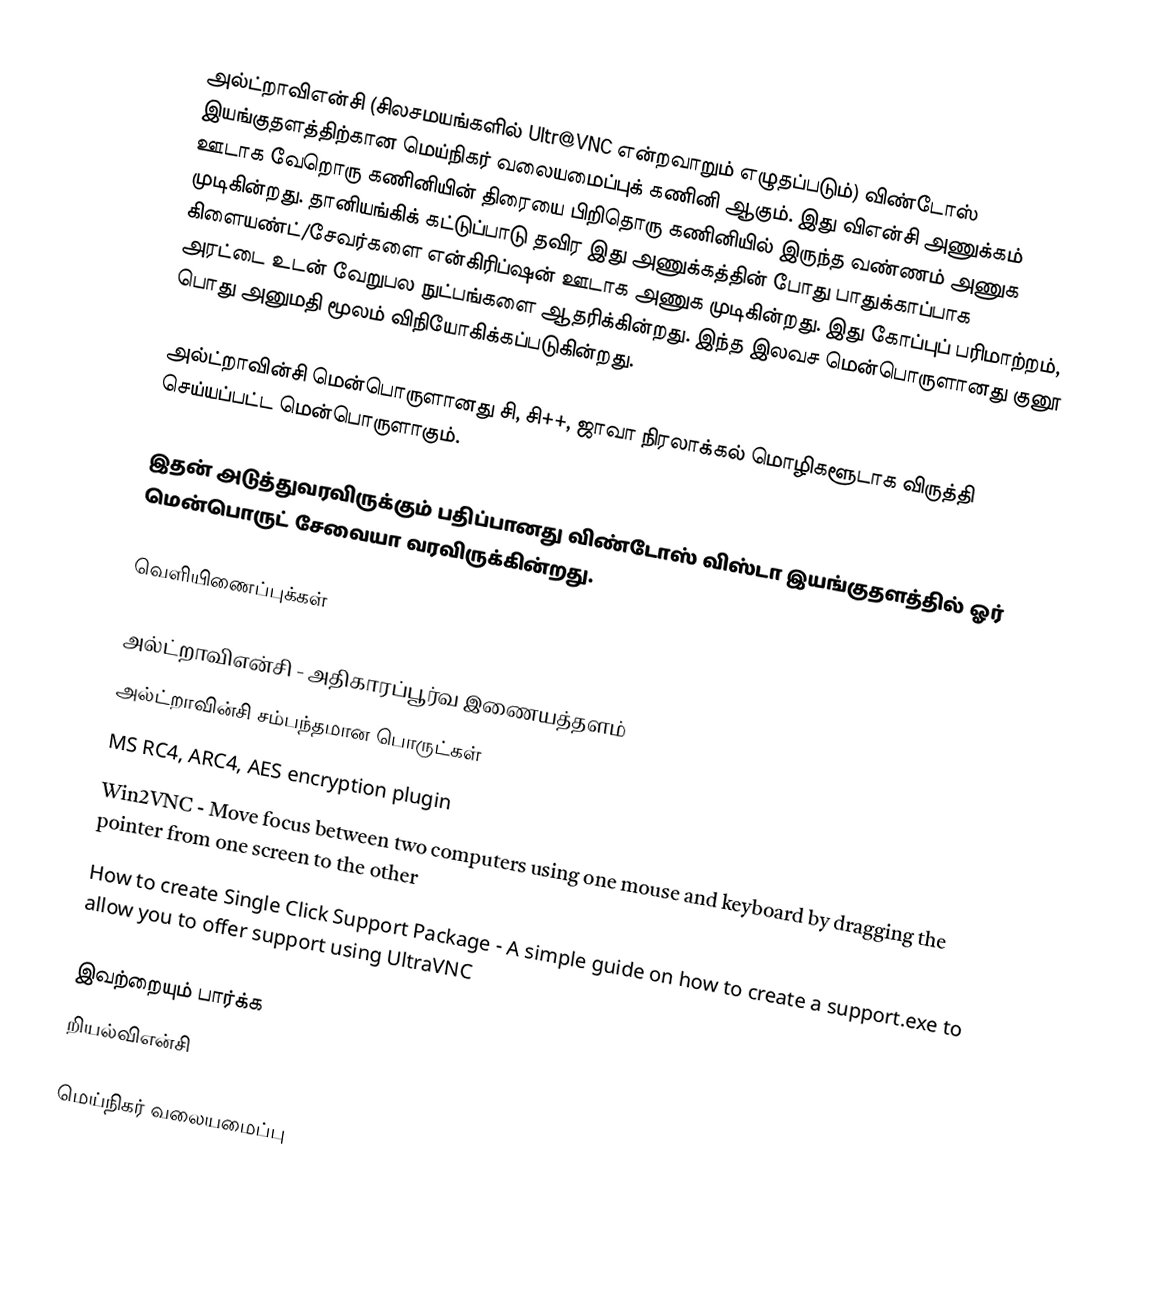
அல்ட்றாவிஎன்சி (சிலசமயங்களில் Ultr@VNC என்றவாறும் எழுதப்படும்) விண்டோஸ் இயங்குதளத்திற்கான மெய்நிகர் வலையமைப்புக் கணினி ஆகும். இது விஎன்சி அணுக்கம் ஊடாக வேறொரு கணினியின் திரையை பிறிதொரு கணினியில் இருந்த வண்ணம் அணுக முடிகின்றது. தானியங்கிக் கட்டுப்பாடு தவிர இது அணுக்கத்தின் போது பாதுக்காப்பாக கிளையண்ட்/சேவர்களை என்கிரிப்ஷன் ஊடாக அணுக முடிகின்றது. இது கோப்புப் பரிமாற்றம், அரட்டை உடன் வேறுபல நுட்பங்களை ஆதரிக்கின்றது. இந்த இலவச மென்பொருளானது குனூ பொது அனுமதி மூலம் விநியோகிக்கப்படுகின்றது.

அல்ட்றாவின்சி மென்பொருளானது சி, சி++, ஜாவா நிரலாக்கல் மொழிகளூடாக விருத்தி செய்யப்பட்ட மென்பொருளாகும்.

இதன் அடுத்துவரவிருக்கும் பதிப்பானது விண்டோஸ் விஸ்டா இயங்குதளத்தில் ஓர் மென்பொருட் சேவையா வரவிருக்கின்றது.

வெளியிணைப்புக்கள்

 அல்ட்றாவிஎன்சி - அதிகாரப்பூர்வ இணையத்தளம்
 அல்ட்றாவின்சி சம்பந்தமான பொருட்கள்
 MS RC4, ARC4, AES encryption plugin
 Win2VNC - Move focus between two computers using one mouse and keyboard by dragging the pointer from one screen to the other
 How to create Single Click Support Package  - A simple guide on how to create a support.exe to allow you to offer support using UltraVNC

இவற்றையும் பார்க்க
றியல்விஎன்சி

மெய்நிகர் வலையமைப்பு